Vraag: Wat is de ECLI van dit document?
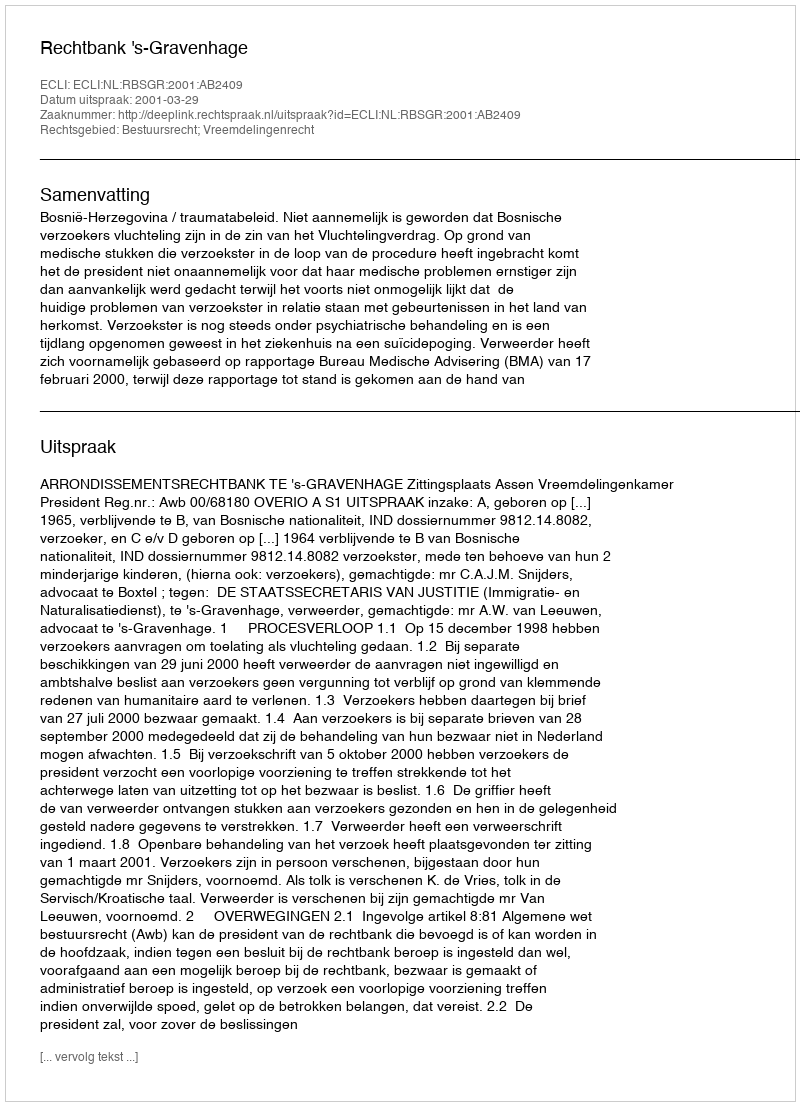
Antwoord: ECLI:NL:RBSGR:2001:AB2409